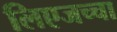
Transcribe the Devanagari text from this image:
लिएजच्चा